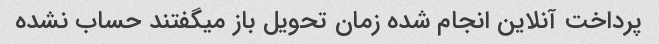
پرداخت آنلاین انجام شده زمان تحویل باز میگفتند حساب نشده